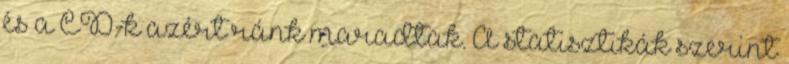
és a CD-k azért ránk maradtak. A statisztikák szerint